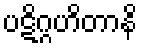
ပဋိဂ္ဂဟိတာနိ